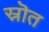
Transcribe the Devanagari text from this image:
स्रॊत